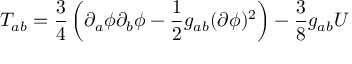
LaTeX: T _ { a b } = \frac { 3 } { 4 } \left( \partial _ { a } \phi \partial _ { b } \phi - \frac { 1 } { 2 } g _ { a b } ( \partial \phi ) ^ { 2 } \right) - \frac { 3 } { 8 } g _ { a b } U